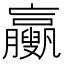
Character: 𦣉